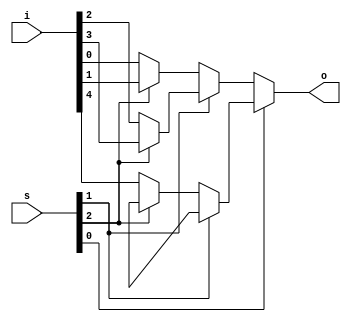
module mux_if_bal_5_1 #(parameter N=5, parameter W=1) (input [N*W-1:0] i, input [$clog2(N)-1:0] s, output reg [W-1:0] o);
always @* begin
    o <= {{W{{1'bx}}}};
    if (s[0] == 1'b0)
     if (s[1] == 1'b0)
      if (s[2] == 1'b0)
       o <= i[0*W+:W];
      else
       o <= i[1*W+:W];
     else
      if (s[2] == 1'b0)
       o <= i[2*W+:W];
      else
       o <= i[3*W+:W];
    else
     if (s[1] == 1'b0)
      if (s[2] == 1'b0)
       o <= i[4*W+:W];
end
endmodule